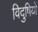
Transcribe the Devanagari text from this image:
विदुषियो